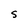
Character: S